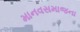
માનવસમાજના